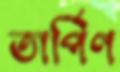
তার্পিণ